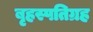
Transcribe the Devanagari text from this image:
बृहस्पतिग्रह